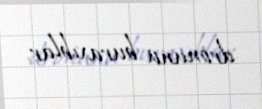
dronunu buraxıblar.